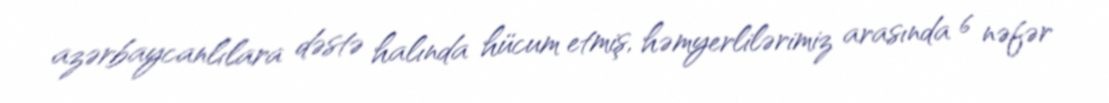
azərbaycanlılara dəstə halında hücum etmiş, həmyerlilərimiz arasında 6 nəfər